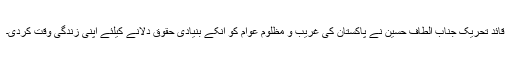
قائد تحریک جناب الطاف حسین نے پاکستان کی غریب و مظلوم عوام کو انکے بنیادی حقوق دلانے کیلئے اپنی زندگی وقت کردی۔